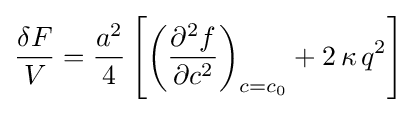
{\frac {\delta F}{V}}={\frac {a^{2}}{4}}\left[\left({\frac {\partial ^{2}f}{\partial c^{2}}}\right)_{c=c_{0}}+2\,\kappa \,q^{2}\right]